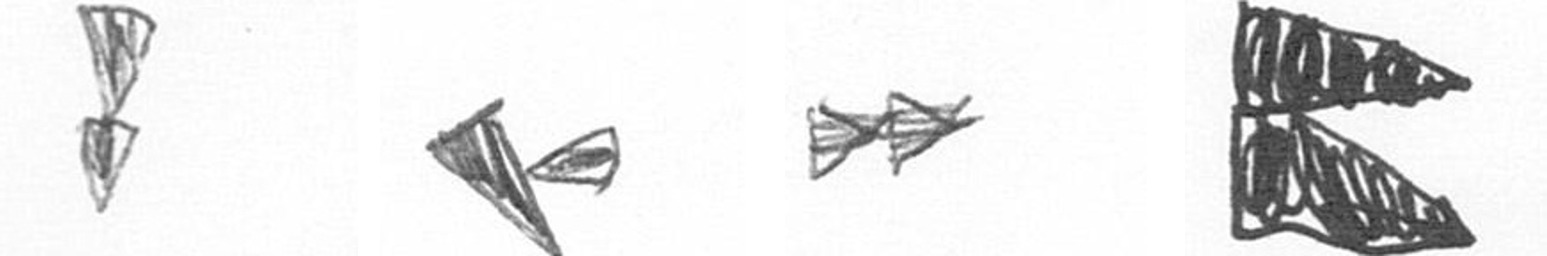
Z F A P